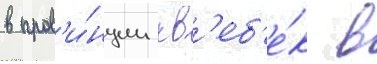
в пров'и́нции кв'еб'е́к в